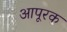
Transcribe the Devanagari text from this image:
आपूरक